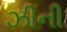
ઝીની